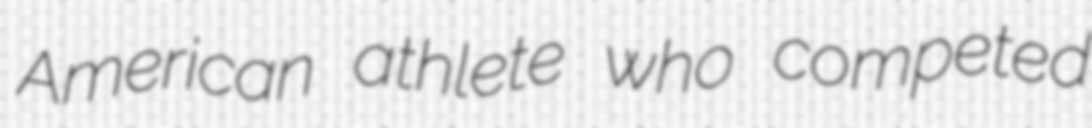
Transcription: American athlete who competed